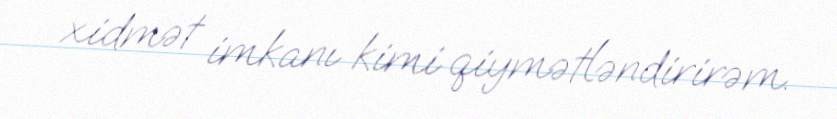
xidmət imkanı kimi qiymətləndirirəm.